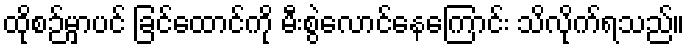
ထိုစဉ်မှာပင် ခြင်ထောင်ကို မီးစွဲလောင်နေကြောင်း သိလိုက်ရသည်။